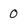
Character: 0